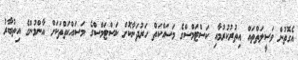
އެގޮތުން ވަސީލަތްތައް އިތުރުކުރުމާއި ކަސްޓަމްސްގެ މަސައްކަތް ހަރުދަނާކޮށް ކަސްޓަމްސްގެ މަސައްކަތްތަކަށް އާންމުންގެ އިތުބާރު